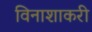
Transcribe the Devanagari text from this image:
विनाशाकरी